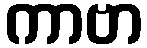
ကာဗာ